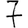
Digit: 7